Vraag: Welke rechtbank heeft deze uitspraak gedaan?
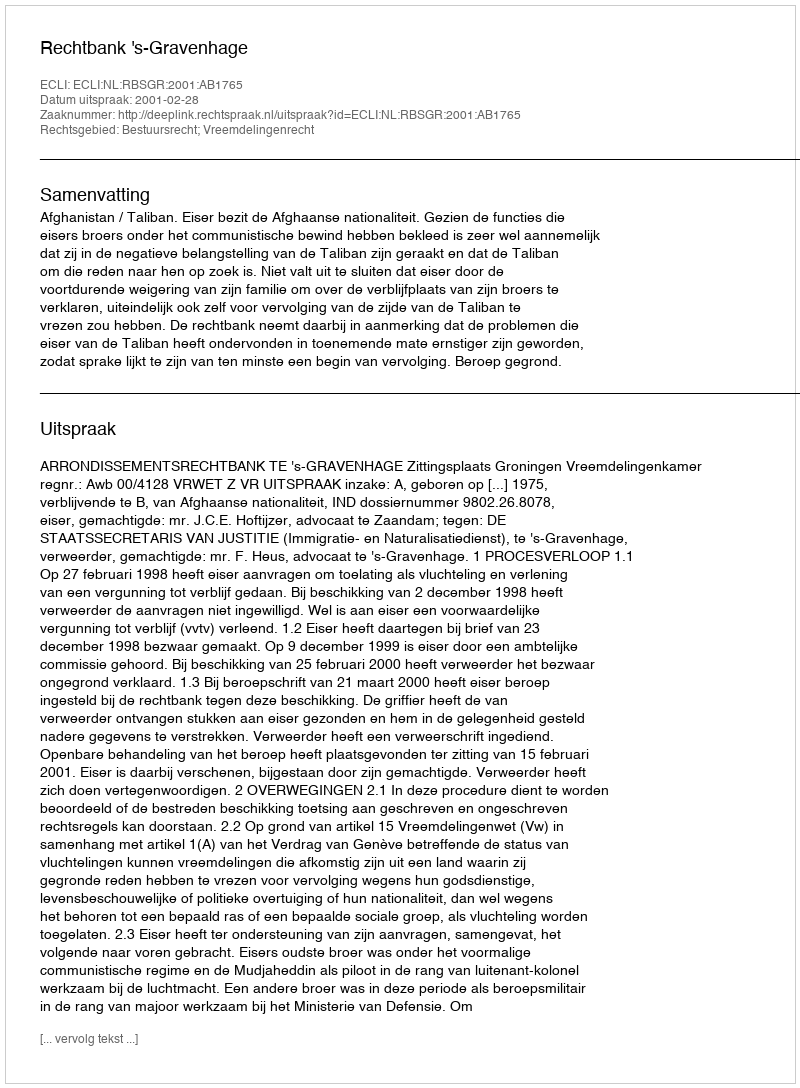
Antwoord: Rechtbank 's-Gravenhage